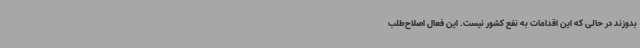
بدوزند در حالی که این اقدامات به نفع کشور نیست. این فعال اصلاح‌طلب